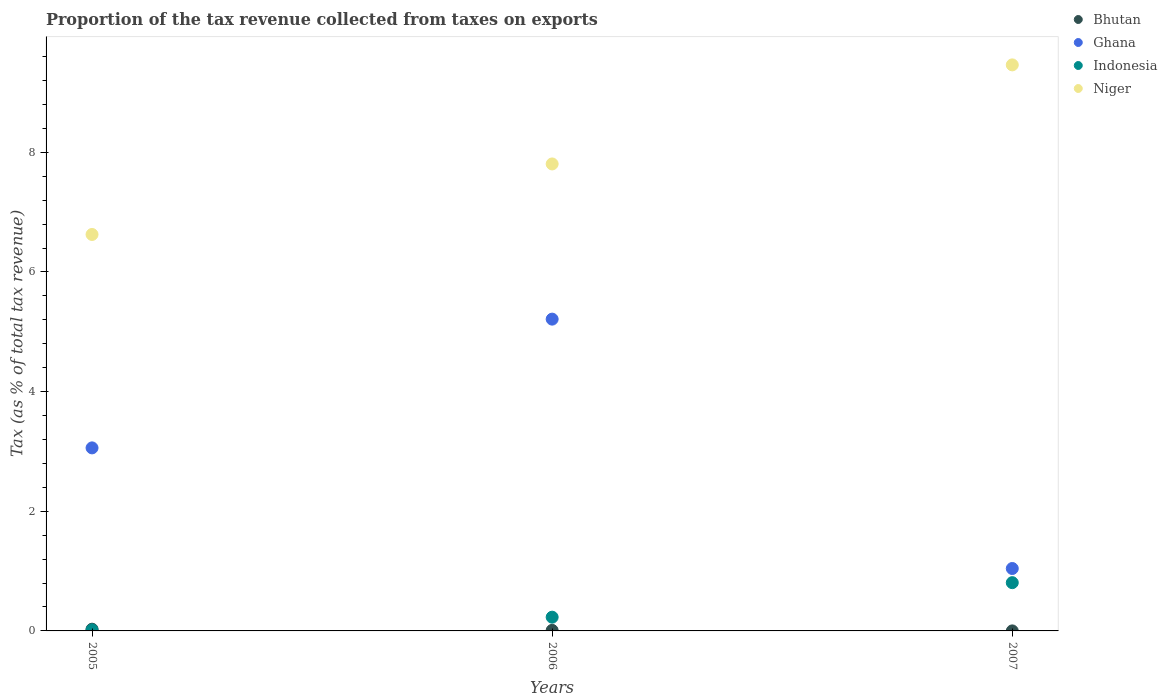
| Years | Bhutan | Ghana | Indonesia | Niger |
 | --- | --- | --- | --- | --- |
 | 2005 | 0.0289 | 3.06 | 0.0173 | 6.63 |
 | 2006 | 0.00923 | 5.21 | 0.23 | 7.81 |
 | 2007 | 0.000323 | 1.04 | 0.807 | 9.46 |